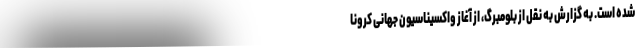
شده است. به گزارش به نقل از بلومبرگ، از آغاز واکسیناسیون جهانی کرونا